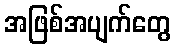
အဖြစ်အပျက်တွေ